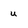
Character: u